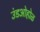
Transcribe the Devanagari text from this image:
उंडओहोळ